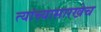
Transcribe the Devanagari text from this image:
त्यांच्यासारखेच